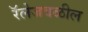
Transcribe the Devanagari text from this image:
रॅलेजवळील